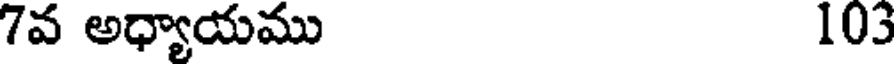
7వ అధ్యాయము 103